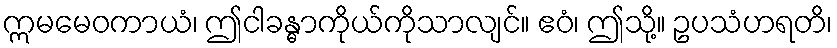
ဣမမေဝကာယံ၊ ဤငါခန္ဓာကိုယ်ကိုသာလျင်။ ဧဝံ၊ ဤသို့။ ဥပသံဟရတိ၊